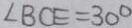
\angle B C E = 3 0 ^ { \circ }